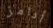
أدامز